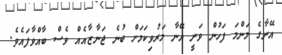
އޭނާގެ މަންމަ ފަހުން ވަނީ އޭނާ މަރުވިކަމަށް ބުނެ ޖަނާޒާއެއް ވެސް ބާއްވާފައެވެ.